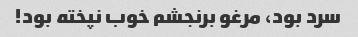
سرد بود، مرغو برنجشم خوب نپخته بود!